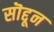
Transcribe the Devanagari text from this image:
सॊद्दून